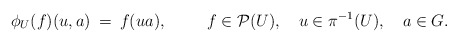
\begin{align*} \phi_U (f) (u,a) \: = \: f(ua), \hspace{1cm} f \in {\cal P}(U), \quad u \in \pi^{-1}(U), \quad a \in G.\end{align*}